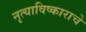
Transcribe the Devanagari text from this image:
नृत्याविष्काराचे